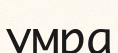
умра